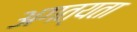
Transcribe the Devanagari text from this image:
अगत्यता